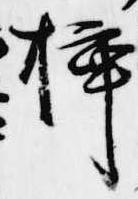
挿